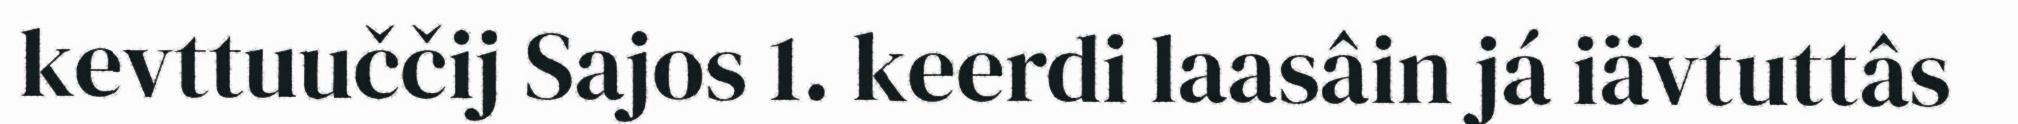
kevttuuččij Sajos 1. keerdi laasâin já iävtuttâs